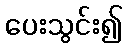
ပေးသွင်း၍